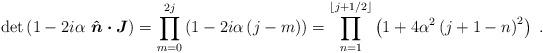
LaTeX: \begin{align*}\det\left( 1-2i\alpha~\boldsymbol{\hat{n}\cdot J}\right) ={\displaystyle\prod\limits_{m=0}^{2j}}\left( 1-2i\alpha\left( j-m\right) \right) ={\displaystyle\prod\limits_{n=1}^{\left\lfloor j+1/2\right\rfloor }}\left( 1+4\alpha^{2}\left( j+1-n\right) ^{2}\right) \ .\end{align*}